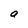
Character: a